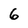
Character: 6